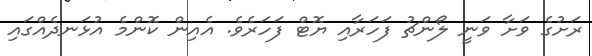
ރަށުގެ ވަށާ ވަނީ ލޯންޗު ފަހަރާއި ޔޮޓް ފަހަރެވެ. އެއިން ކޮންމެ އުޅަނދެއްގައި